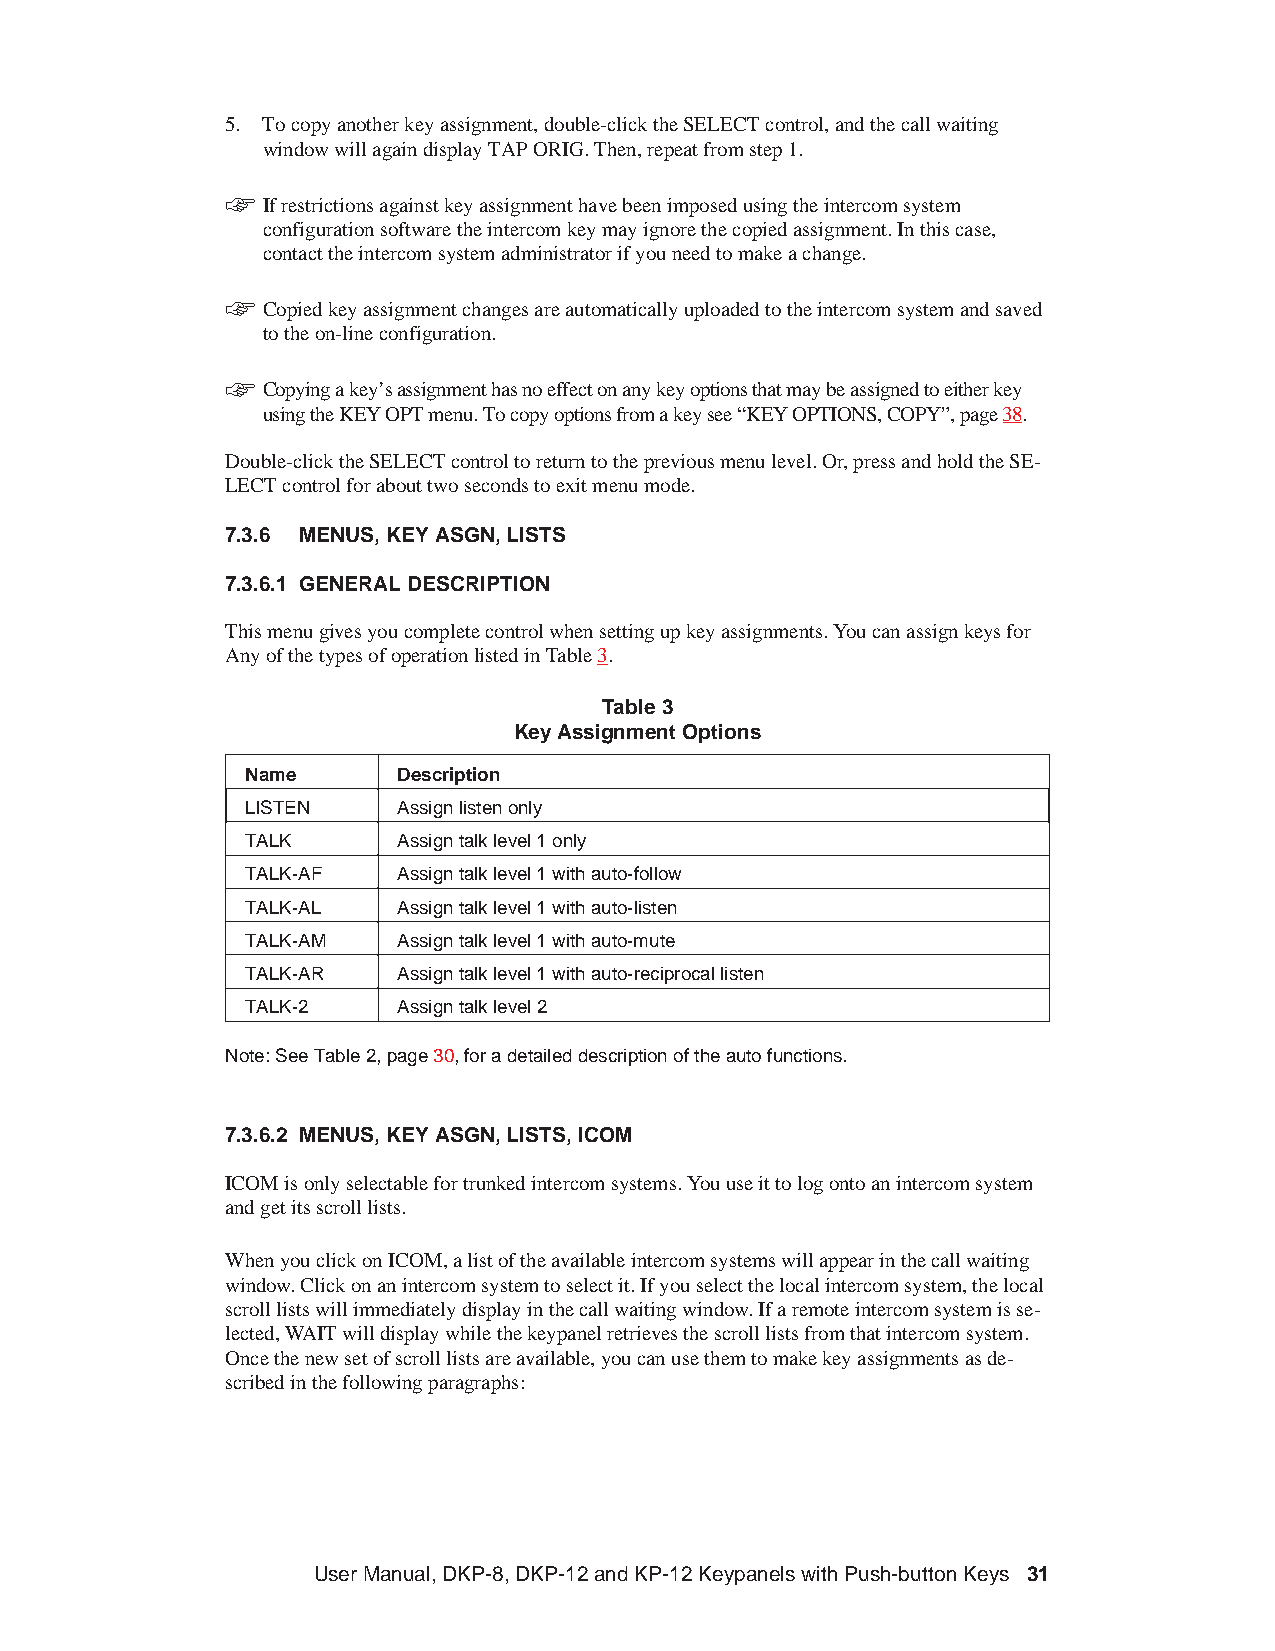
5. Tocopyanotherkeyassignment,double-clicktheSELECTcontrol,andthecallwaiting
 windowwillagaindisplayTAPORIG.Then,repeatfromstep1.
 +
 Ifrestrictionsagainstkeyassignmenthavebeenimposedusingtheintercomsystem
 configurationsoftwaretheintercomkeymayignorethecopiedassignment.Inthiscase,
 contacttheintercomsystemadministratorifyouneedtomakeachange.
 +
 Copiedkeyassignmentchangesareautomaticallyuploadedtotheintercomsystemandsaved
 totheon-lineconfiguration.
 +
 Copyingakey’sassignmenthasnoeffectonanykeyoptionsthatmaybeassignedtoeitherkey
 usingtheKEYOPTmenu.Tocopyoptionsfromakeysee“KEYOPTIONS,COPY”,page38.
 Double-clicktheSELECTcontroltoreturntothepreviousmenulevel.Or,pressandholdtheSE-
 LECTcontrolforabouttwosecondstoexitmenumode.
 7.3.6 MENUS,KEYASGN,LISTS
 7.3.6.1 GENERALDESCRIPTION
 Thismenugivesyoucompletecontrolwhensettingupkeyassignments.Youcanassignkeysfor
 AnyofthetypesofoperationlistedinTable3.
 Table3
 KeyAssignmentOptions
 Name      Description
 LISTEN    Assignlistenonly
 TALK      Assigntalklevel1only
 TALK-AF   Assigntalklevel1withauto-follow
 TALK-AL   Assigntalklevel1withauto-listen
 TALK-AM   Assigntalklevel1withauto-mute
 TALK-AR   Assigntalklevel1withauto-reciprocallisten
 TALK-2    Assigntalklevel2
 Note:SeeTable2,page30,foradetaileddescriptionoftheautofunctions.
 7.3.6.2 MENUS,KEYASGN,LISTS,ICOM
 ICOMisonlyselectablefortrunkedintercomsystems.Youuseittologontoanintercomsystem
 andgetitsscrolllists.
 WhenyouclickonICOM,alistoftheavailableintercomsystemswillappearinthecallwaiting
 window.Clickonanintercomsystemtoselectit.Ifyouselectthelocalintercomsystem,thelocal
 scrolllistswillimmediatelydisplayinthecallwaitingwindow.Ifaremoteintercomsystemisse-
 lected,WAITwilldisplaywhilethekeypanelretrievesthescrolllistsfromthatintercomsystem.
 Oncethenewsetofscrolllistsareavailable,youcanusethemtomakekeyassignmentsasde-
 scribedinthefollowingparagraphs:
 UserManual,DKP-8,DKP-12andKP-12KeypanelswithPush-buttonKeys 31